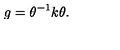
g = \theta ^ { - 1 } k \theta .